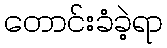
တောင်းခံခဲ့ရာ